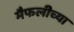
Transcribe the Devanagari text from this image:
मैफलीच्या